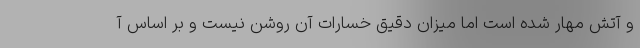
و آتش مهار شده است اما میزان دقیق خسارات آن روشن نیست و بر اساس آ